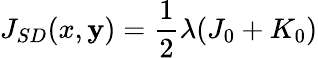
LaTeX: J_{SD}(x,\mathbf{y})=\frac{{1}}{{2}}\lambda(J_{0}+K_{0})